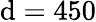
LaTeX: \mathrm{d}=450